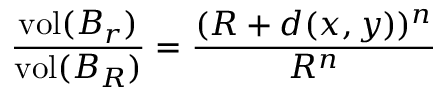
{ \frac { \operatorname { v o l } ( B _ { r } ) } { \operatorname { v o l } ( B _ { R } ) } } = { \frac { ( R + d ( x , y ) ) ^ { n } } { R ^ { n } } }